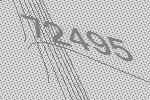
72495